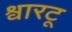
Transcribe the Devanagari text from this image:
श्वारटू